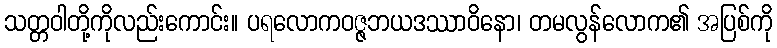
သတ္တဝါတို့ကိုလည်းကောင်း။ ပရလောကဝဇ္ဇဘယဒဿာဝိနော၊ တမလွန်လောက၏ အပြစ်ကို